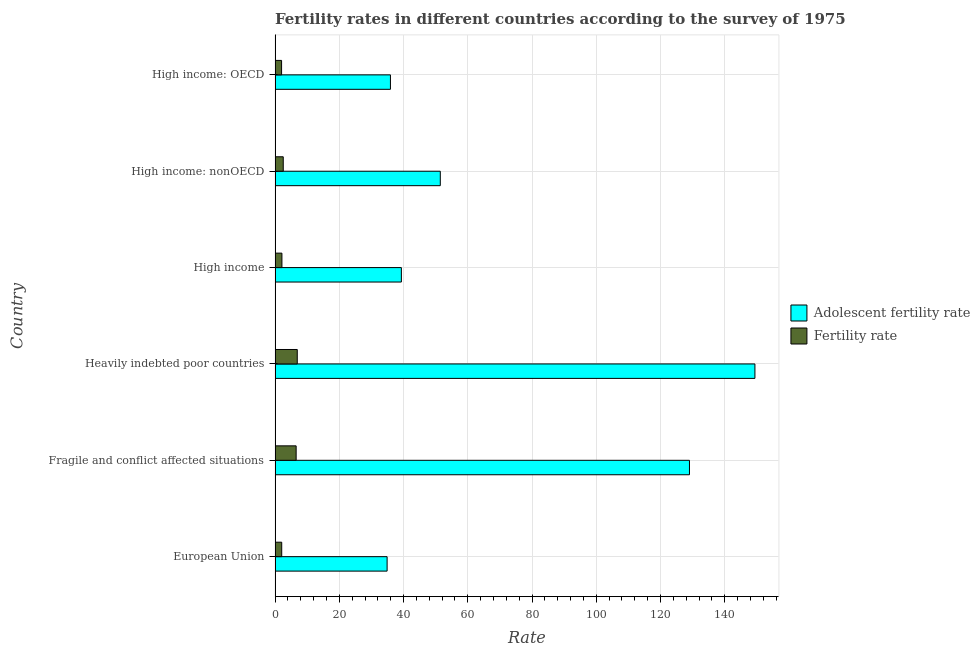
| Country | Adolescent fertility rate | Fertility rate |
 | --- | --- | --- |
 | European Union | 34.9 | 2.07 |
 | Fragile and conflict affected situations | 129 | 6.56 |
 | Heavily indebted poor countries | 149 | 6.91 |
 | High income | 39.3 | 2.13 |
 | High income: nonOECD | 51.4 | 2.54 |
 | High income: OECD | 35.9 | 2.02 |